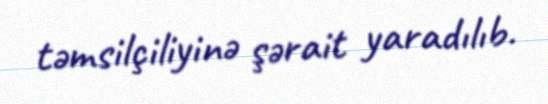
təmsilçiliyinə şərait yaradılıb.